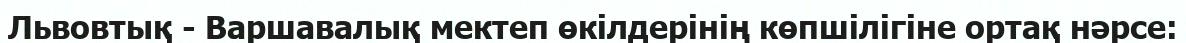
Львовтық - Варшавалық мектеп өкілдерінің көпшілігіне ортақ нәрсе: